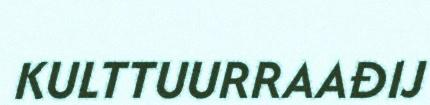
KULTTUURRAAĐIJ